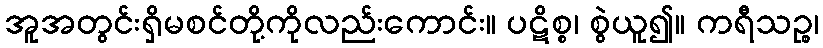
အူအတွင်းရှိမစင်တို့ကိုလည်းကောင်း။ ပဋိစ္စ၊ စွဲယူ၍။ ကရီသဉ္စ၊